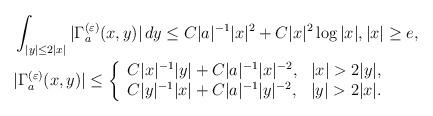
LaTeX: \begin{align*}&\int_{|y|\leq 2|x|}|\Gamma^{(\varepsilon)}_a(x,y)|\,dy\leq C|a|^{-1}|x|^2+C|x|^2\log |x|, |x|\geq e, \\&|\Gamma^{(\varepsilon)}_a(x,y)|\leq\left\{\begin{array}{ll}C|x|^{-1}|y|+C|a|^{-1}|x|^{-2}, &|x|>2|y|, \\C|y|^{-1}|x|+C|a|^{-1}|y|^{-2}, &|y|>2|x|.\end{array}\right.\end{align*}